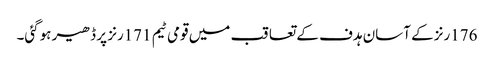
176رنز کے آسان ہدف کے تعاقب میں قومی ٹیم 171رنز پر ڈھیر ہوگئی۔